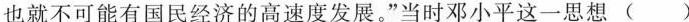
也就不可能有国民经济的高速度发展。”当时邓小平这一思想()